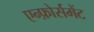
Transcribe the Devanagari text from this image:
एन्फ़ोर्समेंट